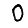
Digit: 0